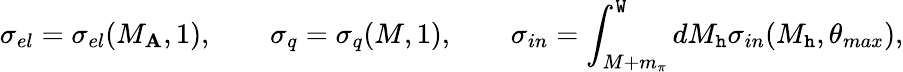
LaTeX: \sigma_{el}=\sigma_{el}(M_{\mathbf{A}},1),\qquad\sigma_{q}=\sigma_{q}(M,1),\qquad\sigma_{in}=\int_{M+m_{\pi}}^{\mathtt{W}}dM_{\mathtt{h}}\sigma_{in}(M_{\mathtt{h}},\theta_{max}),